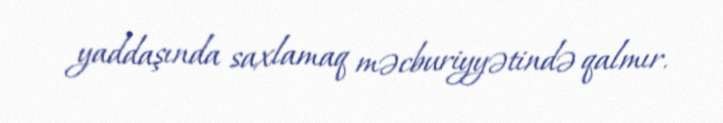
yaddaşında saxlamaq məcburiyyətində qalmır.